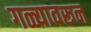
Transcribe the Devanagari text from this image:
गळ्यावरून